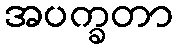
အပက္ခတာ